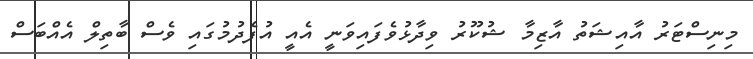
މިނިސްޓަރު އާއިޝަތު އާޒިމާ ޝުކޫރު ވިދާޅުވެފައިވަނީ އެއީ އުފެދުމުގައި ވެސް ބާތިލް އެއްބަސް